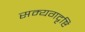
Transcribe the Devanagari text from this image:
सम्यगदृष्टि